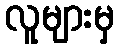
လူများမှ